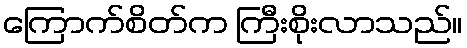
ကြောက်စိတ်က ကြီးစိုးလာသည်။